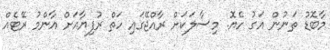
މާބޮޑު ތަނުން އަގު ހެޔޮ. މިސާލަކަށް ރާއްޖޭގައި ހަތް ރުފިޔާއަށް އާންމު ރޭޓެއް